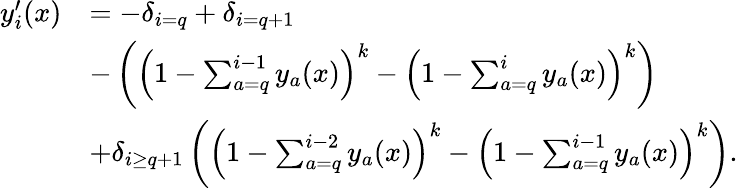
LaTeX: \begin{array}{rl}{y_{i}^{\prime}(x)}&{=-\delta_{i=q}+\delta_{i=q+1}}\\ &{-\left(\left(1-\sum_{a=q}^{i-1}y_{a}(x)\right)^{k}-\left(1-\sum_{a=q}^{i}y_{a}(x)\right)^{k}\right)}\\ &{+\delta_{i\ge q+1}\left(\left(1-\sum_{a=q}^{i-2}y_{a}(x)\right)^{k}-\left(1-\sum_{a=q}^{i-1}y_{a}(x)\right)^{k}\right).}\end{array}